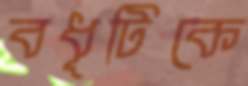
বধূটিকে